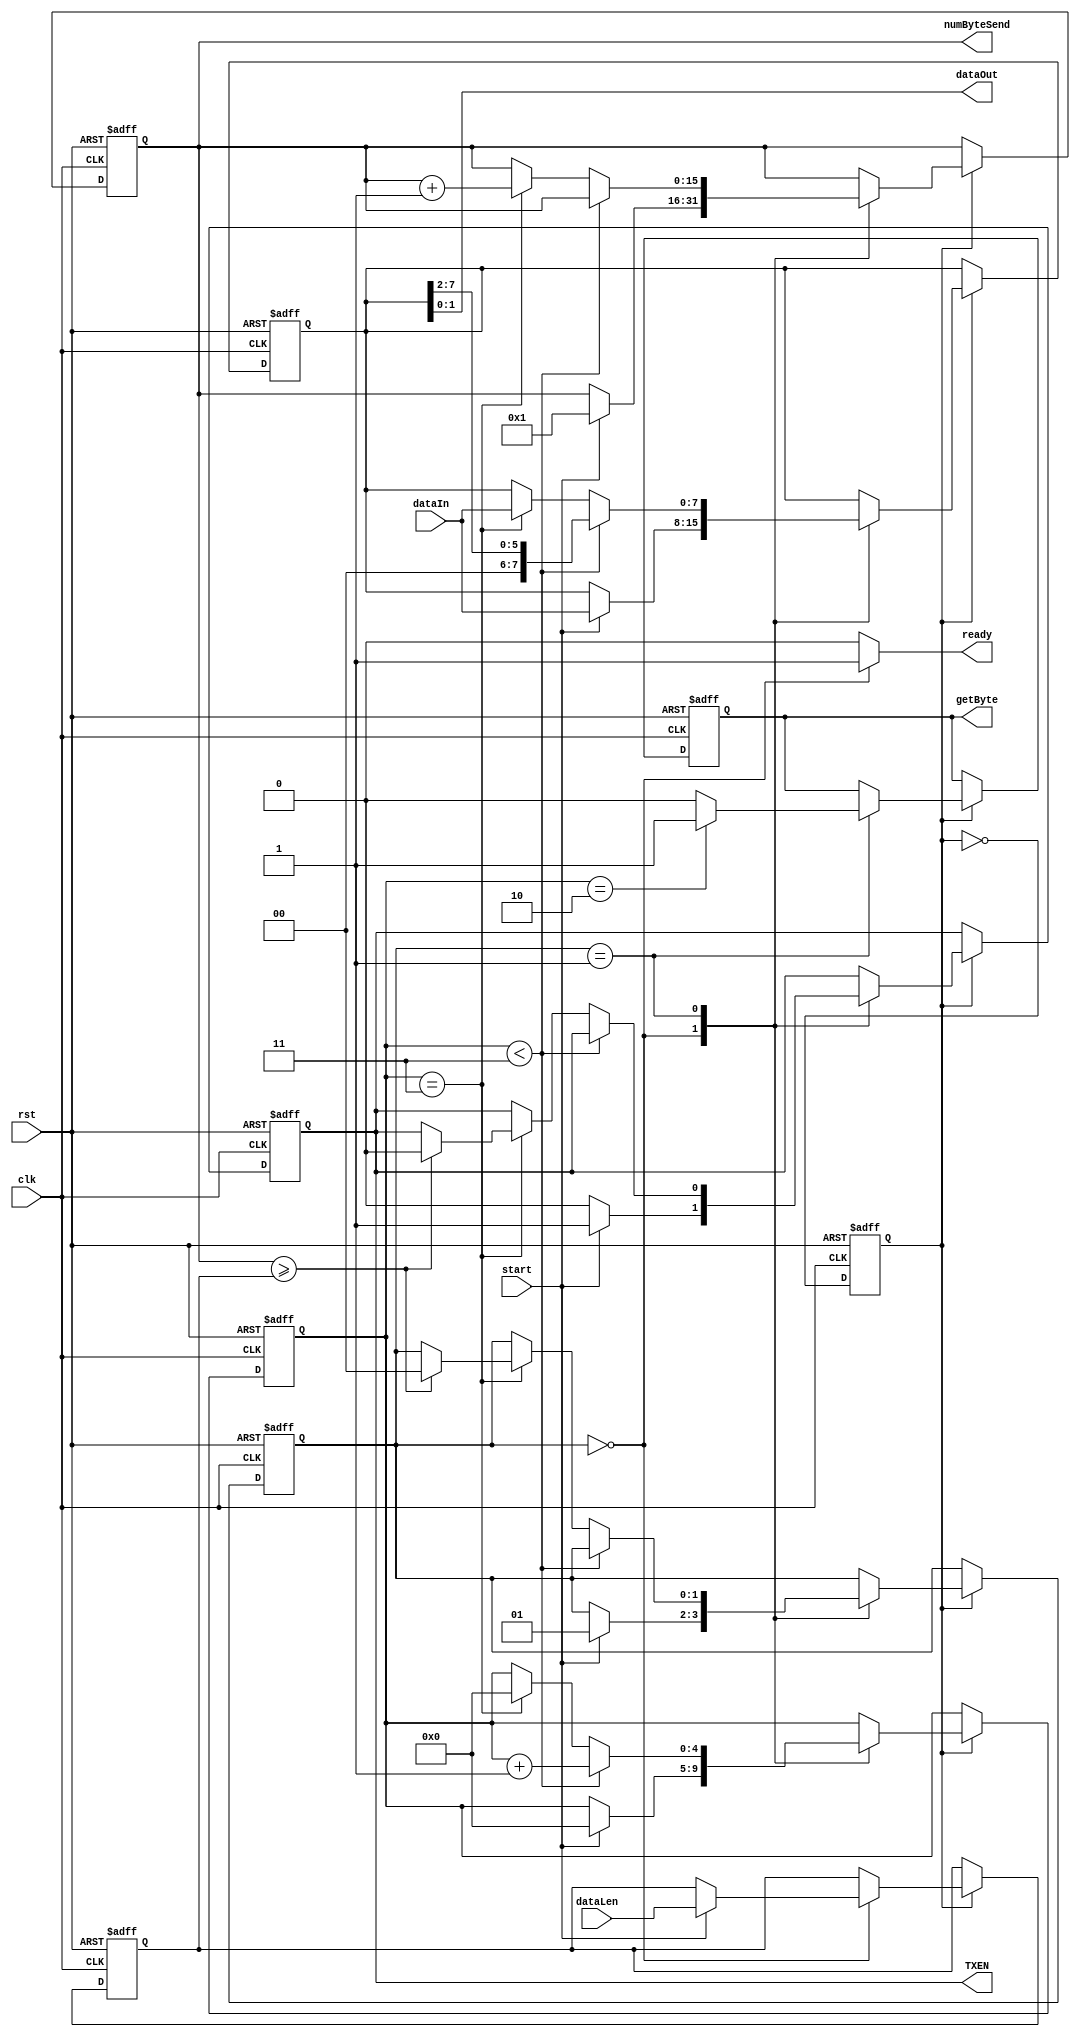
module rmii_tx
(	input clk,
	input rst,
	input [7:0]dataIn,		//   
	input [15:0]dataLen,	//    
	input start, 			//  
	output reg getByte,		//  . 
	output ready,			//   
	output [1:0]dataOut,	//   rmii
	output reg TXEN,		//   rmii
	output [15:0]numByteSend);	//    

// 50  
reg clkDev2 /*verilator public*/;
always @(posedge clk, posedge rst)
if(rst)
	clkDev2 <= 0;
else
	clkDev2 <= ~clkDev2;

//   
reg [7:0]dataTransmit /*verilator public*/;

//     
assign dataOut = dataTransmit[1:0];

//  
reg [1:0]state  /*verilator public*/;
parameter idle		= 2'b00;
parameter send		= 2'b01;

reg [4:0]countBitSend /*verilator public*/; //  
reg [15:0]countByteSend /*verilator public*/; //  
reg [15:0]lenByteSend; //    

assign numByteSend = countByteSend;

//      - 1
//    . 
assign ready = (state == idle) ? 1:0;

always @(negedge clk, posedge rst)
if(rst)
begin
	dataTransmit <= 0;
	countBitSend <= 0;
	TXEN <= 0;
	state <= idle;
	countByteSend <= 0;
	lenByteSend <= 0;
	getByte <= 0;
end
else
begin
	if(clkDev2)
	begin
		case(state)
		idle:
		begin
			if(start)
			begin //    
				countByteSend <= 1;
				lenByteSend <= dataLen;
				dataTransmit <= dataIn;
				state <= send;
				TXEN <= 1;
				countBitSend <= 0;
			end
			else
				TXEN <= 0;
		end
		
		send: //  
		begin
			if(countBitSend == 2)
				getByte <= 1;
			else
				getByte <= 0;
				
			if(countBitSend < 3)
			begin
				dataTransmit <= dataTransmit >> 2;
				countBitSend <= countBitSend + 1;
			end
			else if(countBitSend == 3)
			begin
				dataTransmit <= dataIn;
				countBitSend <= 0;
				countByteSend <= countByteSend + 1;
				if(countByteSend >= lenByteSend) //    
				begin
					state <= idle;
					TXEN <= 0;
				end
			end
		end
		endcase
	end
end

endmodule